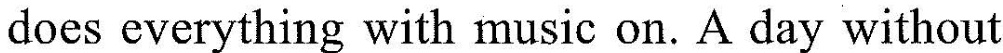
does everything with music on. A day without